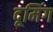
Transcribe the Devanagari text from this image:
दूमिंग